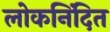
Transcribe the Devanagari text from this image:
लोकनिंदित